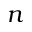
n